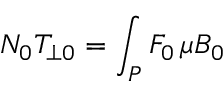
N _ { 0 } T _ { \bot 0 } = \int _ { P } F _ { 0 } \, \mu B _ { 0 }